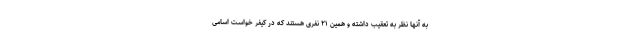
به آنها نظر به تعقیب داشته و همین ۲۱ نفری هستند که در کیفر خواست اسامی